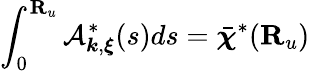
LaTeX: \int_{0}^{{\mathbf R}_{u}}\mathcal{A}_{{\boldsymbol k},{\boldsymbol\xi}}^{*}(s)ds=\bar{\boldsymbol\chi}^{*}({\mathbf R}_{u})